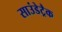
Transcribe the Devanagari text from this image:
साउंडेट्रैक